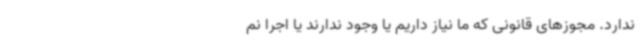
ندارد. مجوزهای قانونی‌ که ما نیاز داریم یا وجود ندارند یا اجرا نم